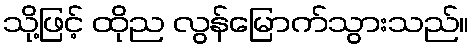
သို့ဖြင့် ထိုည လွန်မြောက်သွားသည်။